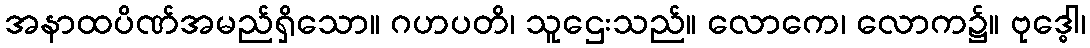
အနာထပိဏ်အမည်ရှိသော။ ဂဟပတိ၊ သူဌေးသည်။ လောကေ၊ လောက၌။ ဗုဒ္ဓေါ၊